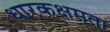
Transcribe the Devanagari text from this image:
धारकक्षमता